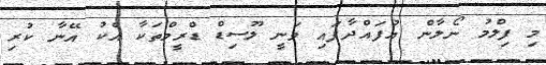
މި ފިލްމު ނޯލާން އުފައްދާފައި ވަނީ ލޫސިޑް ޑްރީމްތަކާ އެކު އޭނާ ކުރި